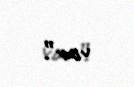
var”.